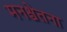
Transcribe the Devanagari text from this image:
मनश्चेतना